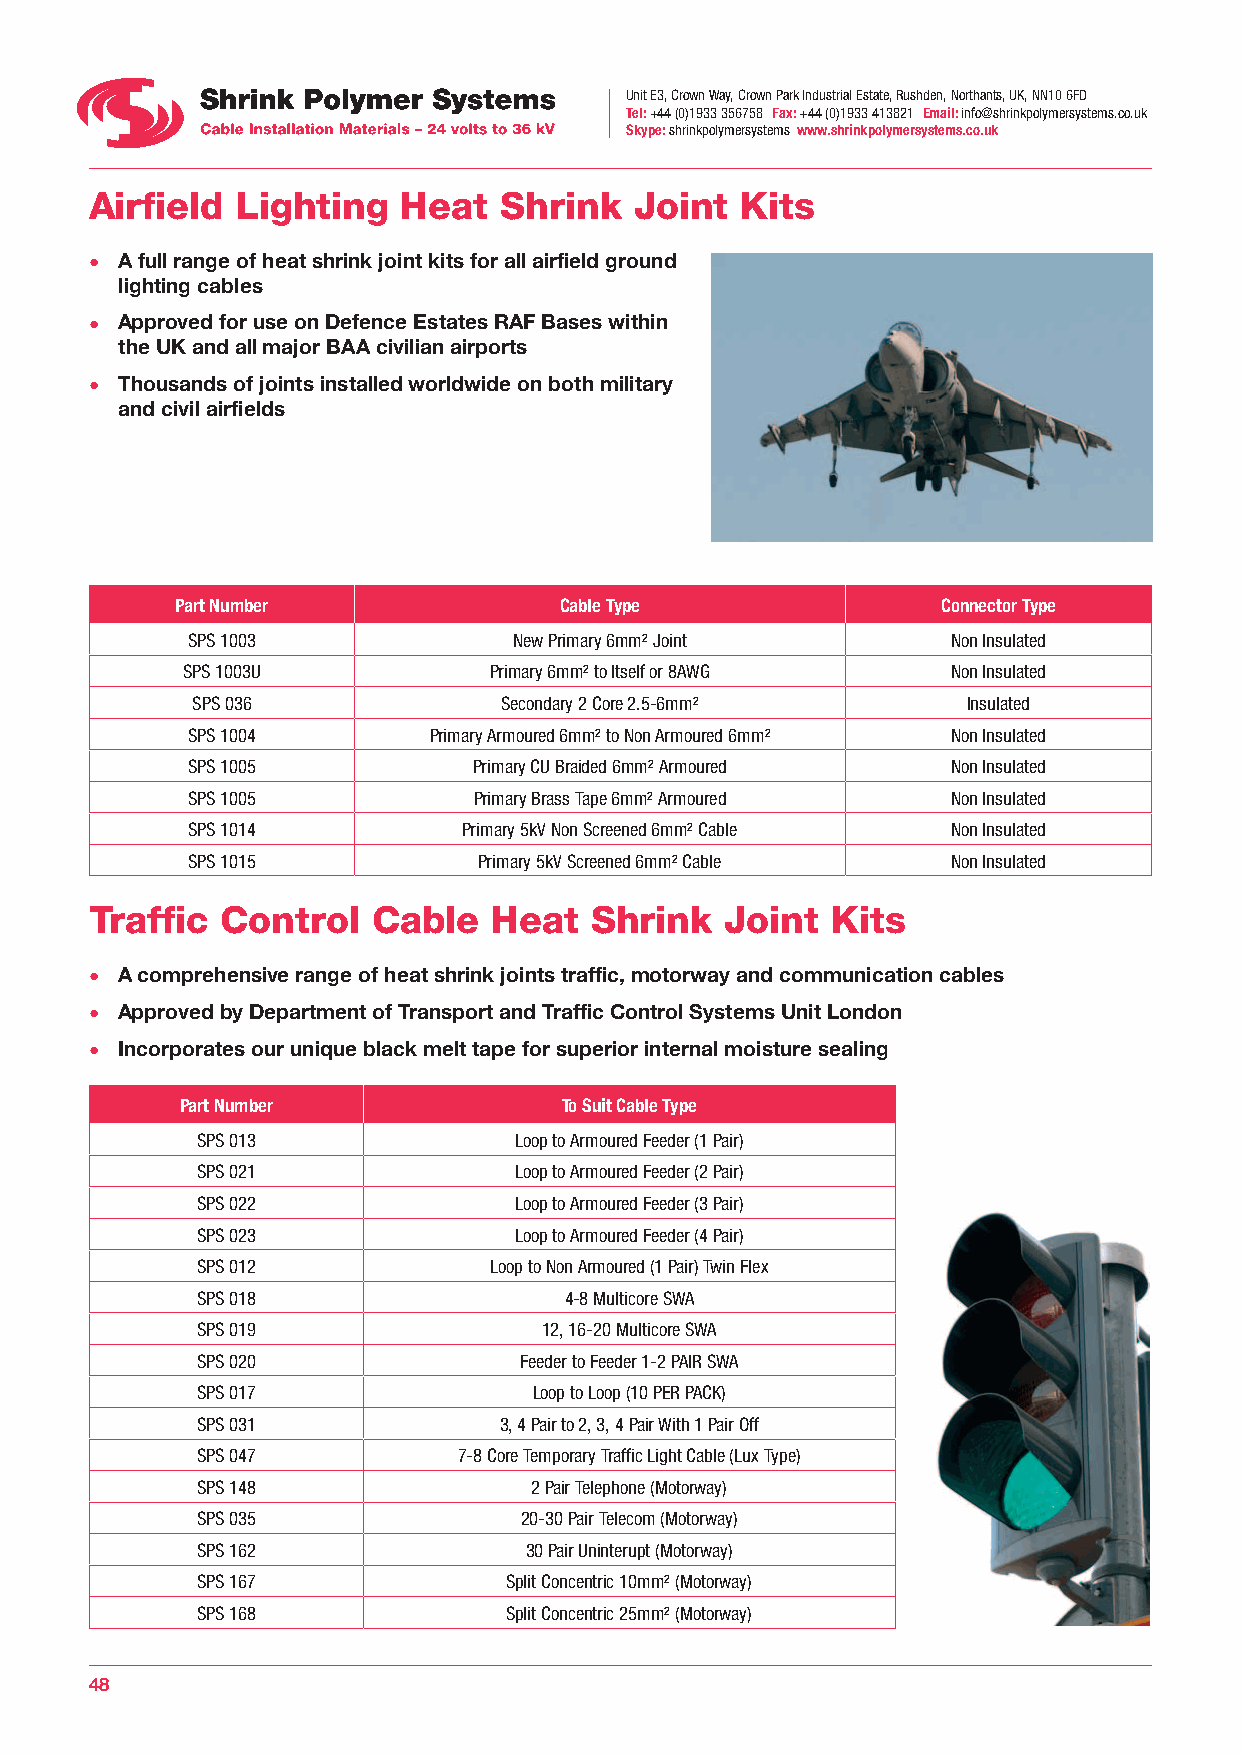
Unit E3, Crown Way, Crown Park Industrial Estate, Rushden, Northants, UK, NN10 6FD
 Tel: +44 (0)1933 356758 Fax: +44 (0)1933 413821 Email: info@shrinkpolymersystems.co.uk
 Skype: shrinkpolymersystems www.shrinkpolymersystems.co.uk
 Airfield  Lighting   Heat  Shrink   Joint  Kits
 • A full range of heat shrink joint kits for all airfield ground
 lighting cables
 • Approved for use on Defence Estates RAF Bases within
 the UK and all major BAA civilian airports
 • Thousands of joints installed worldwide on both military
 and civil airfields
 Part Number              Cable Type               Connector Type
 SPS 1003              New Primary 6mm² Joint       Non Insulated
 SPS 1003U           Primary 6mm² to Itself or 8AWG Non Insulated
 SPS 036             Secondary 2 Core 2.5-6mm²      Insulated
 SPS 1004        Primary Armoured 6mm² to Non Armoured 6mm² Non Insulated
 SPS 1005           Primary CU Braided 6mm² Armoured Non Insulated
 SPS 1005           Primary Brass Tape 6mm² Armoured Non Insulated
 SPS 1014           Primary 5kV Non Screened 6mm² Cable Non Insulated
 SPS 1015            Primary 5kV Screened 6mm² Cable Non Insulated
 Traffic  Control   Cable   Heat  Shrink   Joint  Kits
 • A comprehensive range of heat shrink joints traffic, motorway and communication cables
 • Approved by Department of Transport and Traffic Control Systems Unit London
 • Incorporates our unique black melt tape for superior internal moisture sealing
 Part Number              To Suit Cable Type
 SPS 013              Loop to Armoured Feeder (1 Pair)
 SPS 021              Loop to Armoured Feeder (2 Pair)
 SPS 022              Loop to Armoured Feeder (3 Pair)
 SPS 023              Loop to Armoured Feeder (4 Pair)
 SPS 012            Loop to Non Armoured (1 Pair) Twin Flex
 SPS 018                 4-8 Multicore SWA
 SPS 019                12, 16-20 Multicore SWA
 SPS 020              Feeder to Feeder 1-2 PAIR SWA
 SPS 017               Loop to Loop (10 PER PACK)
 SPS 031             3, 4 Pair to 2, 3, 4 Pair With 1 Pair Off
 SPS 047          7-8 Core Temporary Traffic Light Cable (Lux Type)
 SPS 148               2 Pair Telephone (Motorway)
 SPS 035              20-30 Pair Telecom (Motorway)
 SPS 162               30 Pair Uninterupt (Motorway)
 SPS 167              Split Concentric 10mm² (Motorway)
 SPS 168              Split Concentric 25mm² (Motorway)
 48